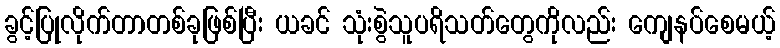
ခွင့်ပြုလိုက်တာတစ်ခုဖြစ်ပြီး ယခင် သုံးစွဲသူပရိသတ်တွေကိုလည်း ကျေနပ်စေမယ့်